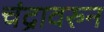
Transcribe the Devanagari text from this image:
चंद्रावरुन